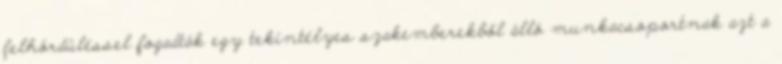
felhördüléssel fogadták egy tekintélyes szakemberekből álló munkacsoportnak azt a